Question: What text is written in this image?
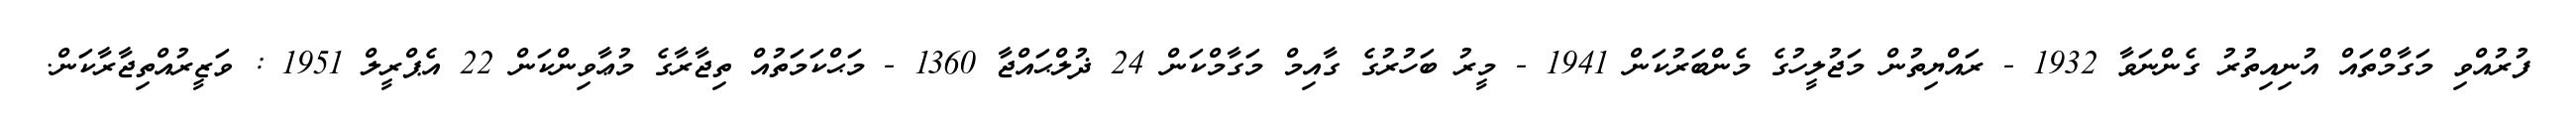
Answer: ފުރުއްވި މަގާމްތައް އުނިއިތުރު ގެންނަވާ 1932 - ރައްޔިތުން މަޖުލީހުގެ މެންބަރުކަން 1941 - މީރު ބަހުރުގެ ގާއިމް މަގާމްކަން 24 ޛުލްޙައްޖާ 1360 - މަޙްކަމަތުއް ތިޖާރާގެ މުޢާވިންކަން 22 އެޕްރީލް 1951 : ވަޒީރުއްތިޖާރާކަން.